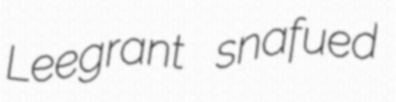
Leegrant snafued